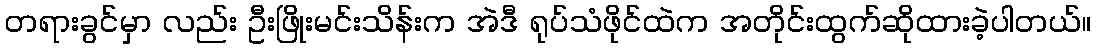
တရားခွင်မှာ လည်း ဦးဖြိုးမင်းသိန်းက အဲဒီ ရုပ်သံဖိုင်ထဲက အတိုင်းထွက်ဆိုထားခဲ့ပါတယ်။